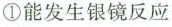
①能发生银镜反应